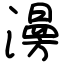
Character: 澷